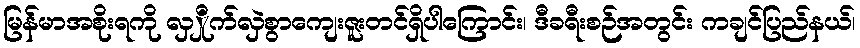
မြန်မာအစိုးရကို လှှိုက်လှဲစွာကျေးဇူးတင်ရှိပါကြောင်း၊ ဒီခရီးစဉ်အတွင်း ကချင်ပြည်နယ်၊